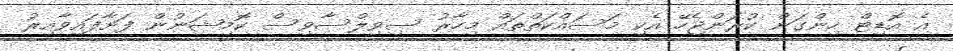
އެ އޮޑިޓް ހިންގަން ކުރަންޖެހޭ އެކި މަސައްކަތްތައް މިހާރު ސިވިލްސާވިސް ކޮމިޝަނުން ފަށާފައިވާއިރު